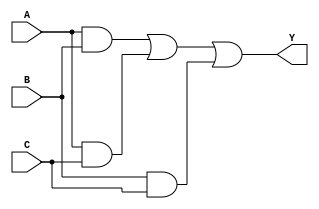

//  Functional Description:  This file contains the Verilog which describes the 
//               FPGA implementation of Majority Vote circuit. The inputs are 3 
//               scalars A, B, and C with Y as the output.

  	                                            		
module Majority (A, B, C, Y);                 	
    input  A, B, C;			
    output Y; 

    reg Y;           		
                   	          	
// student code here

	always @(A or B or C)
	begin
		Y = (A&B)|(A&C)|(B&C);
	end
endmodule // Majority